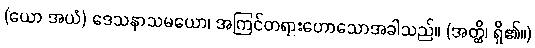
(ယော အယံ) ဒေသနာသမယော၊ အကြင်တရားဟောသောအခါသည်။ (အတ္ထိ၊ ရှိ၏။)